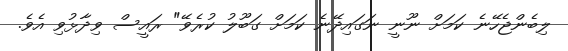
ލިބެންޖެހޭނެ ކަމަށް ނޫނީ ނަގައިދޭނެ ކަމަށް ގަބޫލު ކުރެވޭ" ރައީސް ވިދާޅުވި އެވެ.